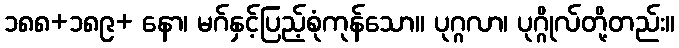
၁၈၈+၁၈၉+ နော၊ မဂ်နှင့်ပြည့်စုံကုန်သော။ ပုဂ္ဂလာ၊ ပုဂ္ဂိုလ်တို့တည်း။